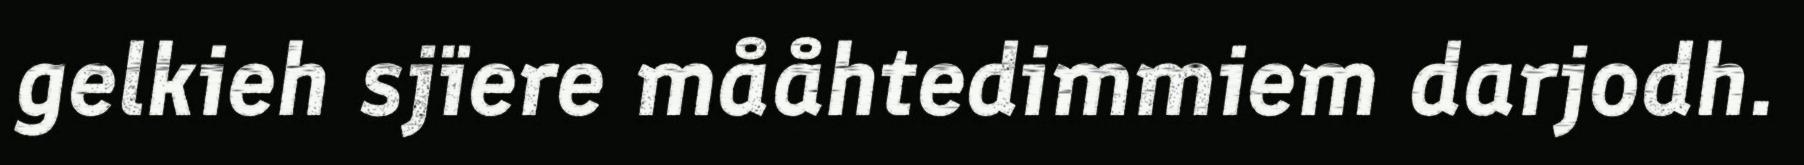
gelkieh sjïere mååhtedimmiem darjodh.